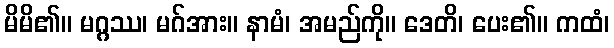
မိမိ၏။ မဂ္ဂဿ၊ မဂ်အား။ နာမံ၊ အမည်ကို။ ဒေတိ၊ ပေး၏။ ကထံ၊